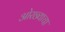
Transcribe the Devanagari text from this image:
ओरछ्याचा